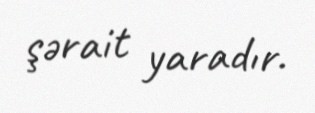
şərait yaradır.